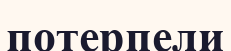
потерпели